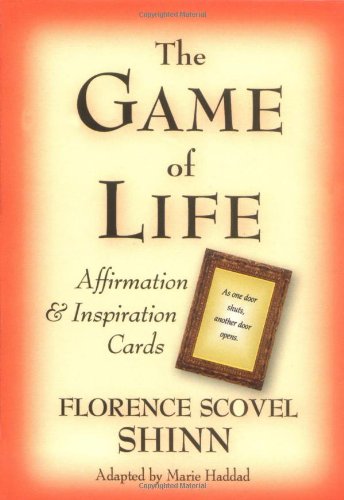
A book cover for The Game of Life Affirmation & Inspiration Cards; Florence Scovel-Shinn; Humor & Entertainment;